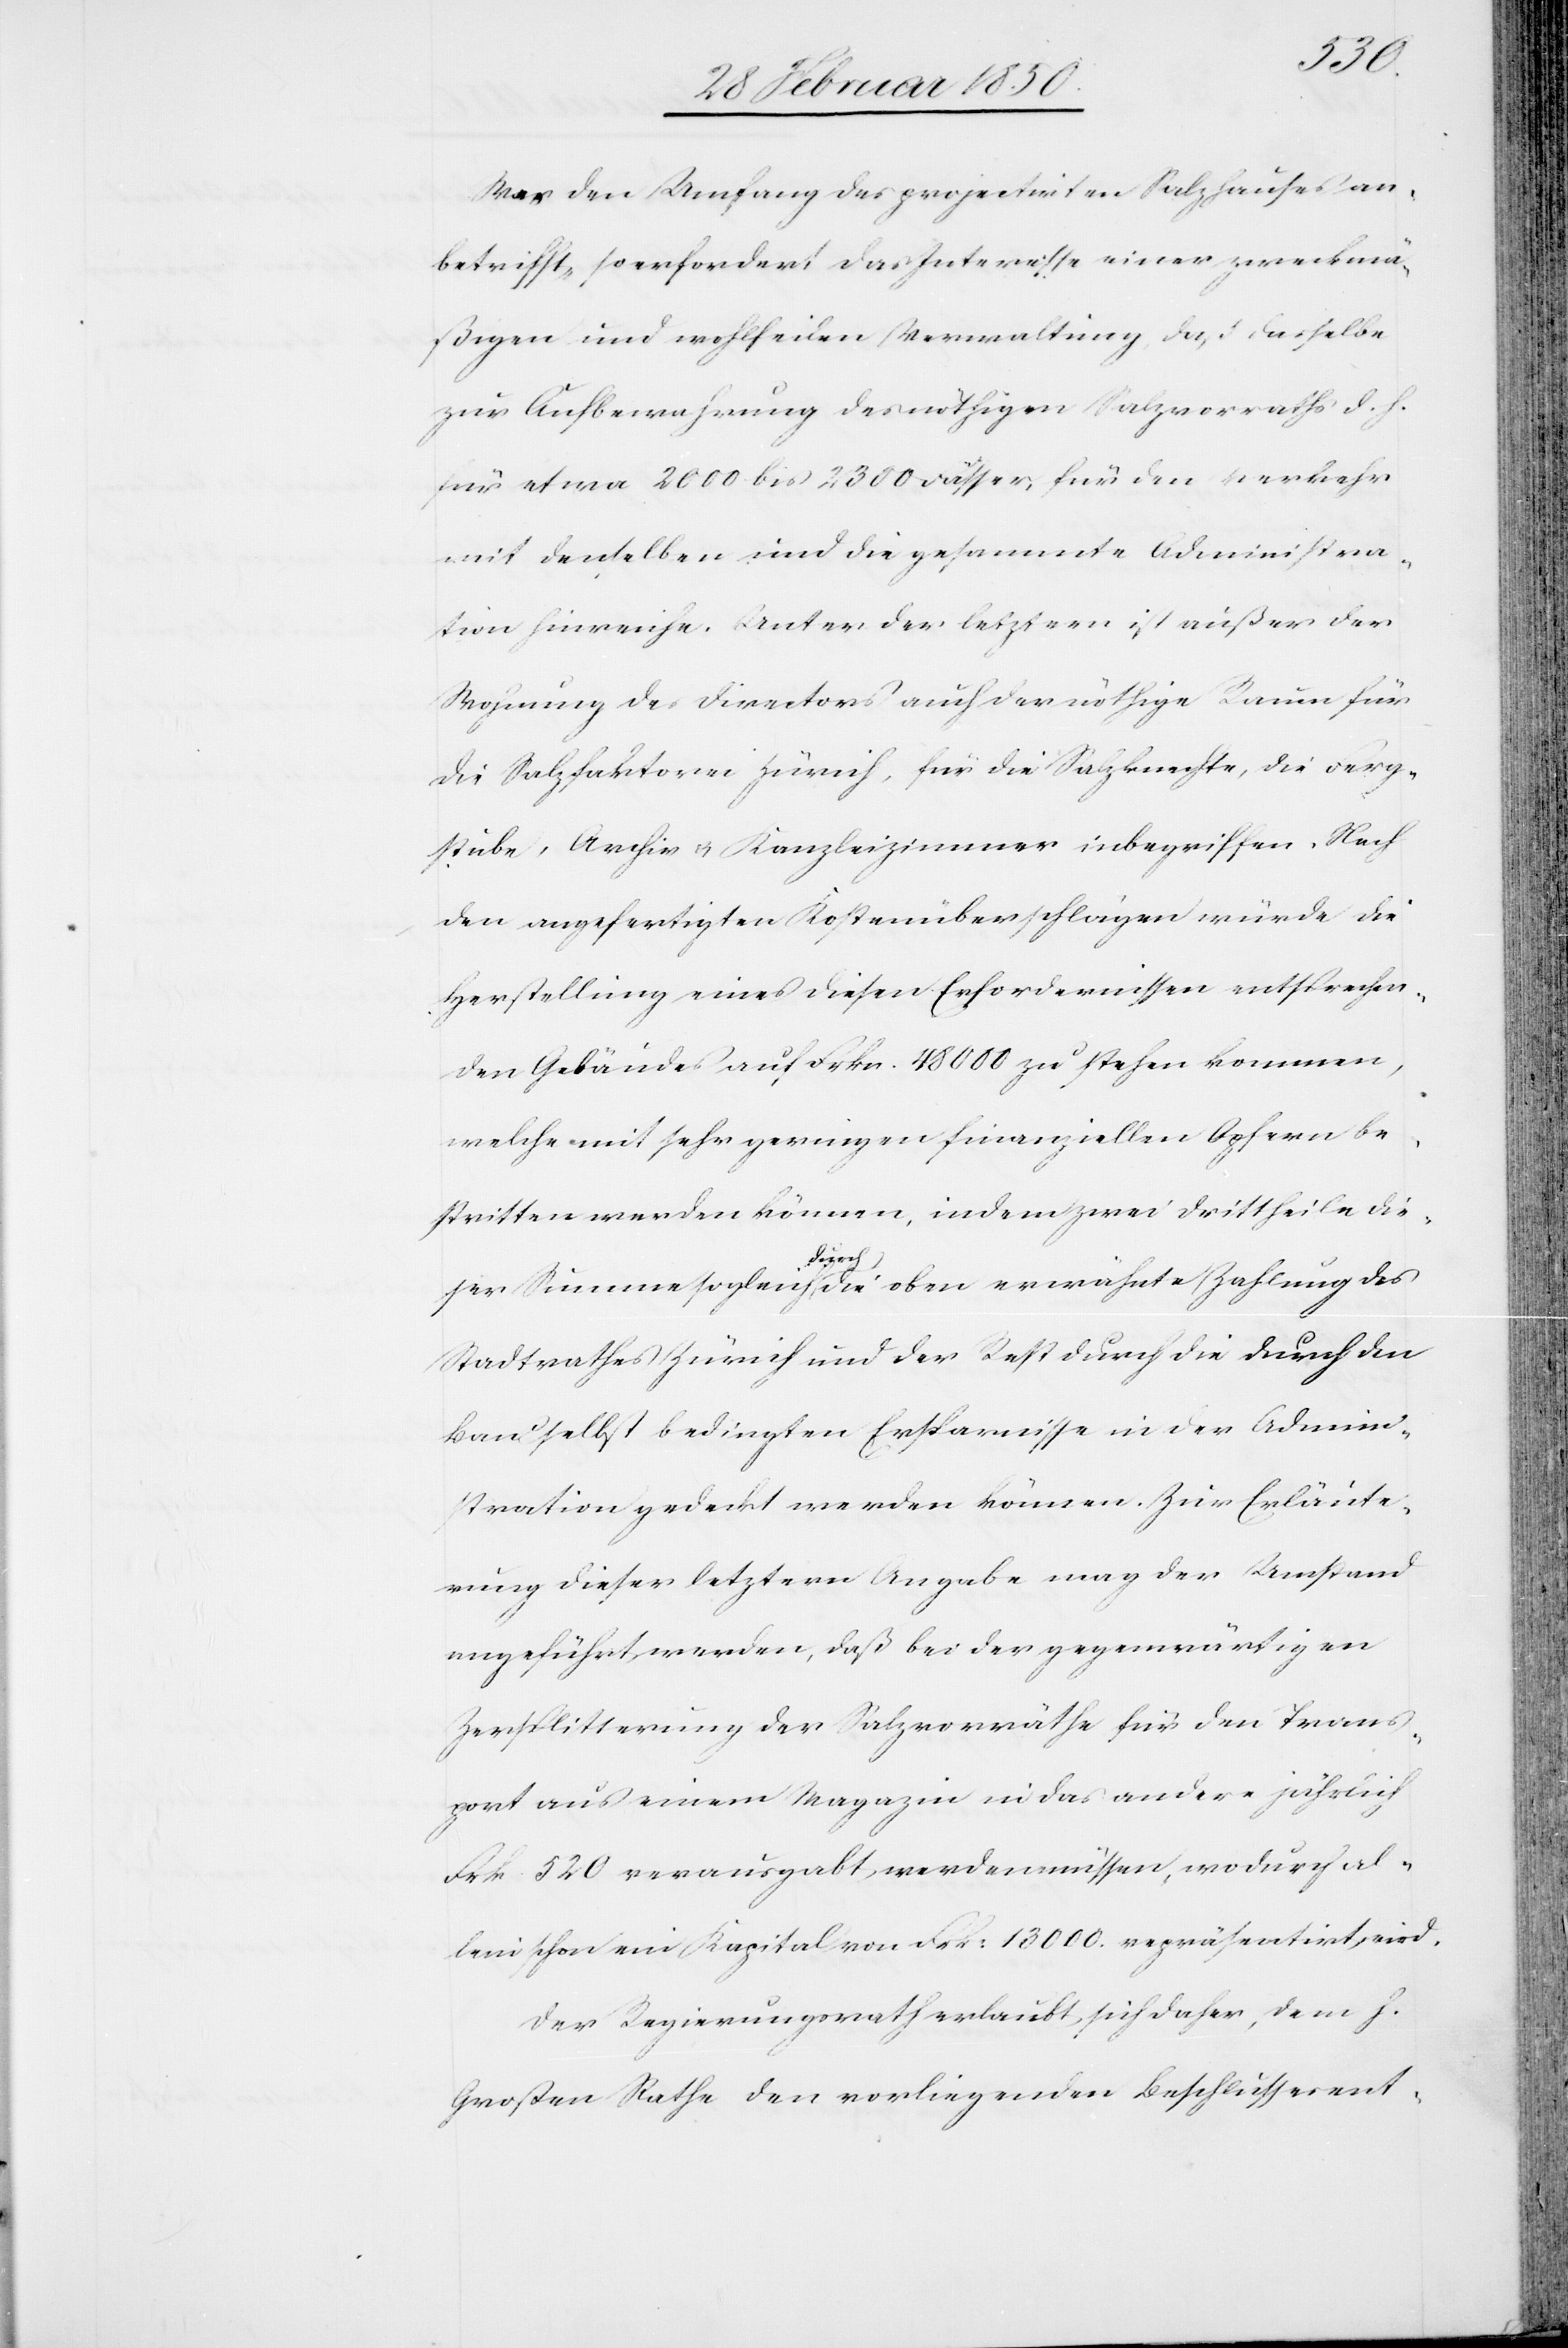
Was den Umfang des projectirten Salzhauses an¬
betrifft, so erfordert das Interesse einer zweckmä¬
ßigen und wohlfeilen Verwaltung, daß dasselbe
zur Aufbewahrung des nöthigen Salzvorraths d. h.
für etwa 2000 bis 2300 Fässer, für den Verkehr
mit denselben und die gesammte Administra¬
tion hinreiche. Unter der letztern ist außer der
Wohnung des Directors auch der nöthige Raum für
die Salzfaktoren Zürich, für die Salzknechte, die Ferg¬
stube, Archiv u. Kanzleizimmer inbegriffen. Nach
den angefertigten Kostenüberschlägen würde die
Herstellung eines diesen Erfordernissen entsprechen¬
den Gebäudes auf Frkn. 48000 zu stehen kommen,
welche mit sehr geringen finanziellen Opfern be¬
stritten werden können, indem zwei Drittheile die¬
ser Summe sogleich durch die oben erwähnte Zahlung des
Stadtrathes Zürich und der Rest durch die durch den
Bau selbst bedingten Ersparnisse in der Admini¬
stration gedeckt werden können. Zur Erläute¬
rung dieser letztern Angabe mag der Umstand
angeführt werden, daß bei der gegenwärtigen
Zersplitterung der Salzvorräthe für den Trans¬
port aus einem Magazin in das andere jährlich
Frk. 520 verausgabt werden müssen, wodurch al¬
lein schon ein Kapital von Frk: 13000. repräsentirt wird.
Der Regierungsrath erlaubt sich daher, dem h.
Großen Rathe den vorliegenden Beschlussesent-